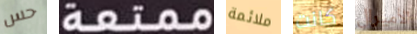
حس ممتعة ملائمة كانت الأميرال